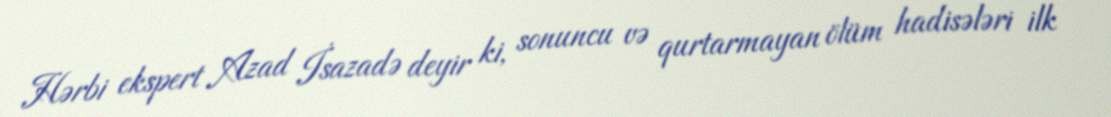
Hərbi ekspert Azad İsazadə deyir ki, sonuncu və qurtarmayan ölüm hadisələri ilk